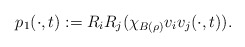
\begin{align*}p_{1}(\cdot,t):=R_{i}R_{j}(\chi_{B(\rho)}v_{i}v_{j}(\cdot,t)).\end{align*}